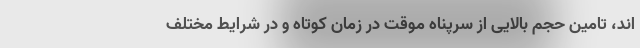
اند، تامین حجم بالایی از سرپناه موقت در زمان کوتاه و در شرایط مختلف